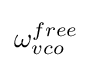
\omega _{vco}^{free}